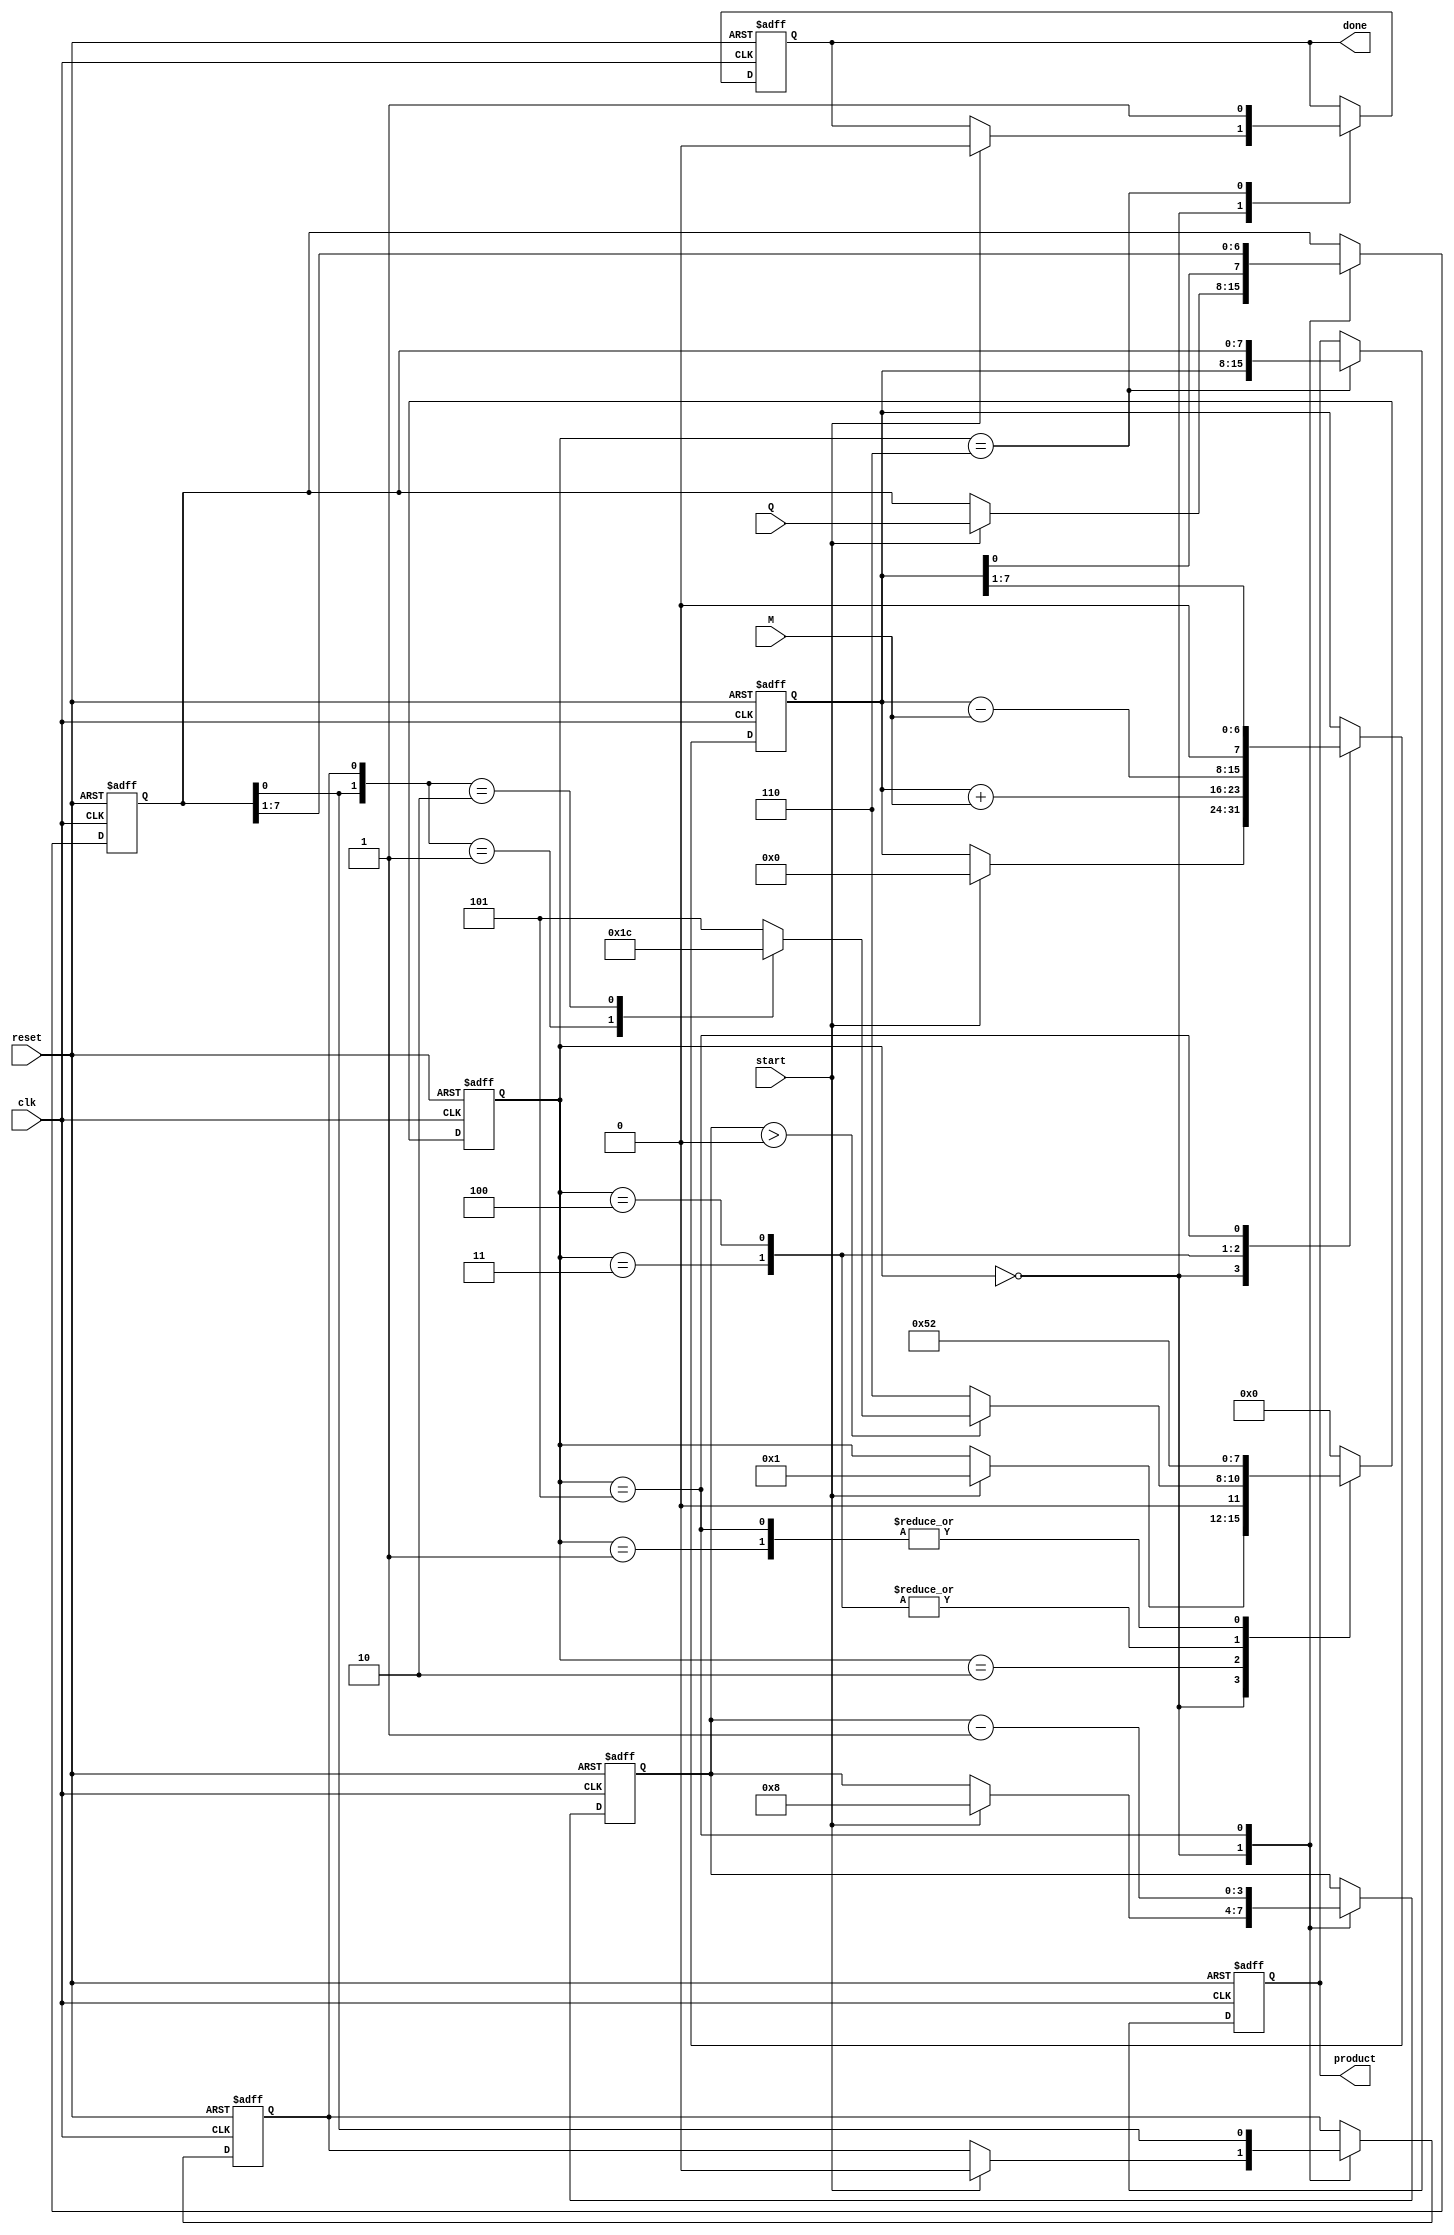
module booth_multiplier #(
    parameter WIDTH = 8 // Bit-width of the inputs
)(
    input wire clk,
    input wire reset,
    input wire start,
    input wire signed [WIDTH-1:0] M, // Multiplicand
    input wire signed [WIDTH-1:0] Q, // Multiplier
    output reg signed [2*WIDTH-1:0] product, // Product output
    output reg done // Done signal
);

    reg signed [WIDTH-1:0] A; // A register
    reg signed [WIDTH-1:0] Q_reg; // Q register
    reg Q_1; // Q-1 register
    reg [3:0] state; // FSM state
    reg [3:0] count; // Iteration counter

    // State encoding
    localparam IDLE = 4'b0000,
               INIT = 4'b0001,
               CHECK = 4'b0010,
               ADD = 4'b0011,
               SUB = 4'b0100,
               SHIFT = 4'b0101,
               DONE = 4'b0110;

    // FSM
    always @(posedge clk or posedge reset) begin
        if (reset) begin
            state <= IDLE;
            A <= 0;
            Q_reg <= 0;
            Q_1 <= 0;
            product <= 0;
            count <= 0;
            done <= 0;
        end else begin
            case (state)
                IDLE: begin
                    if (start) begin
                        A <= 0;
                        Q_reg <= Q;
                        Q_1 <= 0;
                        count <= WIDTH; // Number of bits
                        state <= INIT;
                        done <= 0;
                    end
                end

                INIT: begin
                    state <= CHECK;
                end

                CHECK: begin
                    if (count > 0) begin
                        case ({Q_reg[0], Q_1})
                            2'b01: state <= ADD; // Q and Q-1 are 01
                            2'b10: state <= SUB; // Q and Q-1 are 10
                            default: state <= SHIFT; // 00 or 11
                        endcase
                    end else begin
                        state <= DONE; // Finished all iterations
                    end
                end

                ADD: begin
                    A <= A + M; // A = A + M
                    state <= SHIFT;
                end

                SUB: begin
                    A <= A - M; // A = A - M
                    state <= SHIFT;
                end

                SHIFT: begin
                    // Right shift A and Q
                    {A, Q_reg} <= {A, Q_reg} >> 1;
                    Q_1 <= Q_reg[0]; // Update Q-1
                    count <= count - 1; // Decrement count
                    state <= CHECK; // Go back to check
                end

                DONE: begin
                    product <= {A, Q_reg}; // Combine A and Q for the product
                    done <= 1; // Set done signal
                    state <= IDLE; // Go back to idle
                end

                default: state <= IDLE; // Default state
            endcase
        end
    end
endmodule